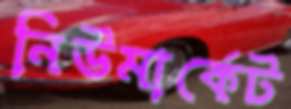
নিউমার্কেট